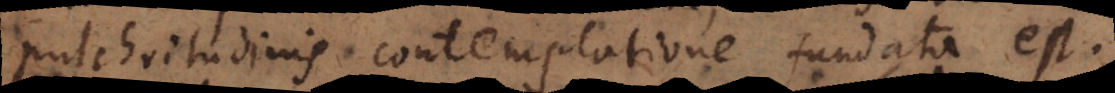
pulchritudinis contemplatione fundata est.